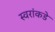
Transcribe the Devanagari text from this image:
स्वरांकडे